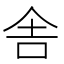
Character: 舎